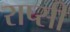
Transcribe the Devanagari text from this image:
राप्सी